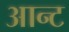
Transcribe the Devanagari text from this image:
आन्ट